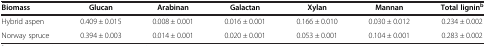
<table><thead><tr><td><b>Biomass</b></td><td><b>Glucan</b></td><td><b>Arabinan</b></td><td><b>Galactan</b></td><td><b>Xylan</b></td><td><b>Mannan</b></td><td><b>Total lignin<sup>b</sup></b></td></tr></thead><tbody><tr><td>Hybrid aspen</td><td>0.409 ± 0.015</td><td>0.008 ± 0.001</td><td>0.016 ± 0.001</td><td>0.166 ± 0.010</td><td>0.030 ± 0.012</td><td>0.234 ± 0.002</td></tr><tr><td>Norway spruce</td><td>0.394 ± 0.003</td><td>0.014 ± 0.001</td><td>0.020 ± 0.001</td><td>0.053 ± 0.001</td><td>0.104 ± 0.001</td><td>0.283 ± 0.002</td></tr></tbody></table>